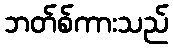
ဘတ်စ်ကားသည်